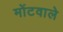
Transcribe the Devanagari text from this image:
मोंटवाले